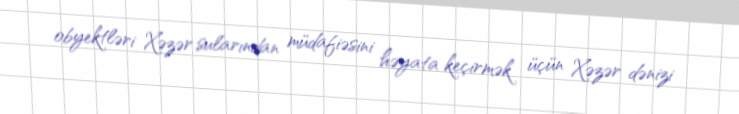
obyektləri Xəzər sularından müdafiəsini həyata keçirmək üçün Xəzər dənizi